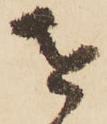
を